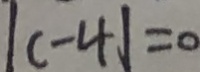
\vert c - 4 \vert = 0